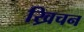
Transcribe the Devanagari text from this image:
ख्रिचन